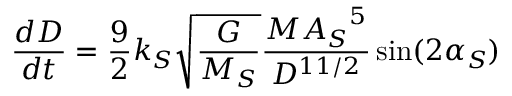
{ \frac { d D } { d t } } = { \frac { 9 } { 2 } } k _ { S } { \sqrt { \frac { G } { M _ { S } } } } { \frac { M { A _ { S } } ^ { 5 } } { D ^ { 1 1 / 2 } } } \sin ( 2 \alpha _ { S } )